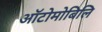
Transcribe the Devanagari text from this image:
ऑटोमोबिलि